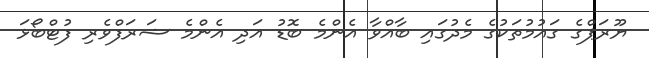
ޔޫރަޕްގެ ގައުމުތަކުގެ މެދުގައި ބާއްވާ އެންމެ ބޮޑު އަދި އެންމެ ޝަރަފްވެރި ފުޓްބޯޅަ